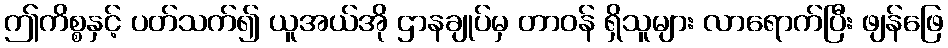
ဤကိစ္စနှင့် ပတ်သက်၍ ယူအယ်အို ဌာနချုပ်မှ တာဝန် ရှိသူများ လာရောက်ပြီး ဖျန်ဖြေ